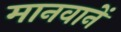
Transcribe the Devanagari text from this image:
मानवानें